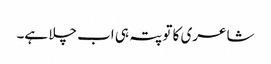
شاعری کا تو پتہ ہی اب چلا ہے۔